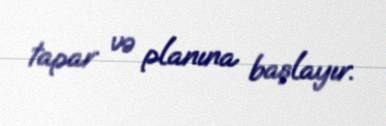
tapar və planına başlayır.